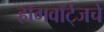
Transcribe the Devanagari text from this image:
हॉगवॉर्ट्‌जचे